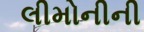
લીમોનીની